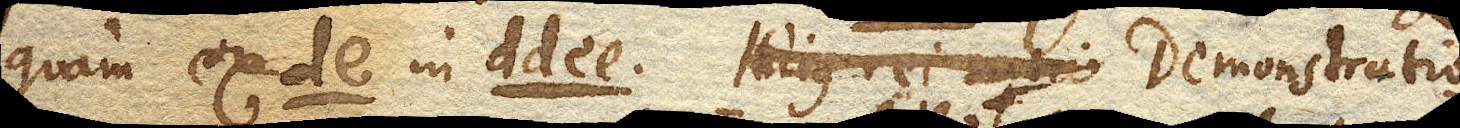
quam ex de. in dd ee. Hujus rei ratio Demonstratio